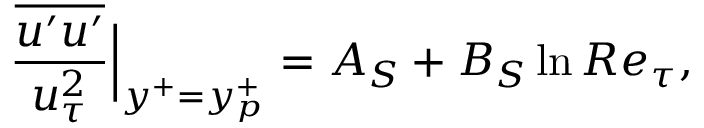
\frac { \overline { { u ^ { \prime } u ^ { \prime } } } } { u _ { \tau } ^ { 2 } } \Big | _ { y ^ { + } = y _ { p } ^ { + } } = A _ { S } + B _ { S } \ln R e _ { \tau } ,